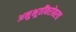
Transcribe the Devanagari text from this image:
अनुभूतींबरोबरच